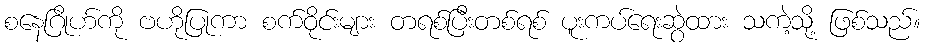
စနေဂြိုဟ်ကို ဗဟိုပြုကာ စက်ဝိုင်းများ တရစ်ပြီးတစ်ရစ် ပူးကပ်ရေးဆွဲထား သကဲ့သို့ ဖြစ်သည်။